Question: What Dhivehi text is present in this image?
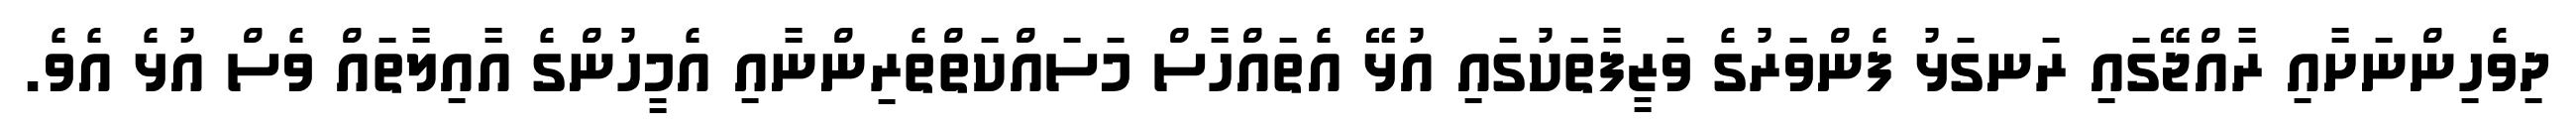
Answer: ދިވެހިންނަށާއި ރާއްޖޭގައި ރަނގަޅު ފެންވަރުގެ ވަޒީފާތަކުގައި އުޅޭ އެތައްހާސް މަސައްކަތްތެރިންނާއި އެމީހުންގެ އާއިލާތައް ވެސް އުޅެ އެވެ.